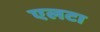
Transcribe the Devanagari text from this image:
एलटा